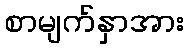
စာမျက်နှာအား